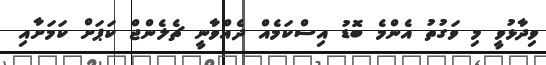
ވިދާޅުވީ މި ވަގުތު އެންމެ ބޮޑު އިސްކަމެއް ދެއްވާނީ ޗެލެންޖް ކަޕަށް ކަމަށާއި